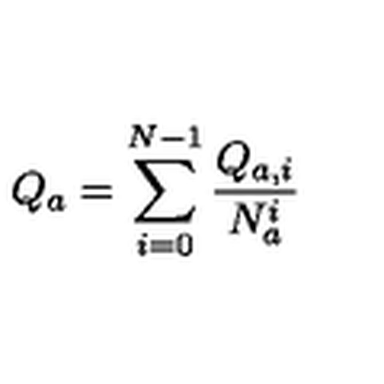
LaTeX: Q _ { a } = \sum _ { i = 0 } ^ { N - 1 } \frac { Q _ { a , i } } { N _ { a } ^ { i } }